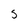
Character: 5